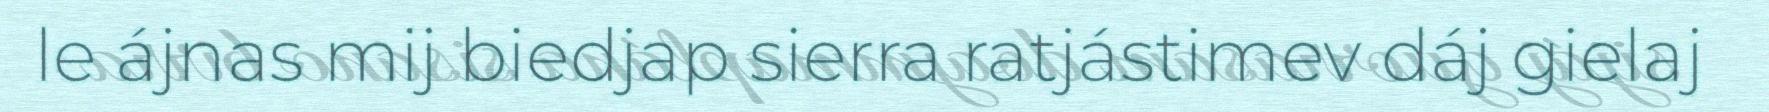
le ájnas mij biedjap sierra ratjástimev dáj gielaj